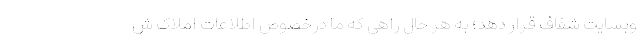
وبسایت شفاف قرار دهد؛ به هر حال راهی که ما درخصوص اطلاعات املاک ش